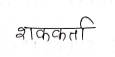
मजकूर: शककर्ता